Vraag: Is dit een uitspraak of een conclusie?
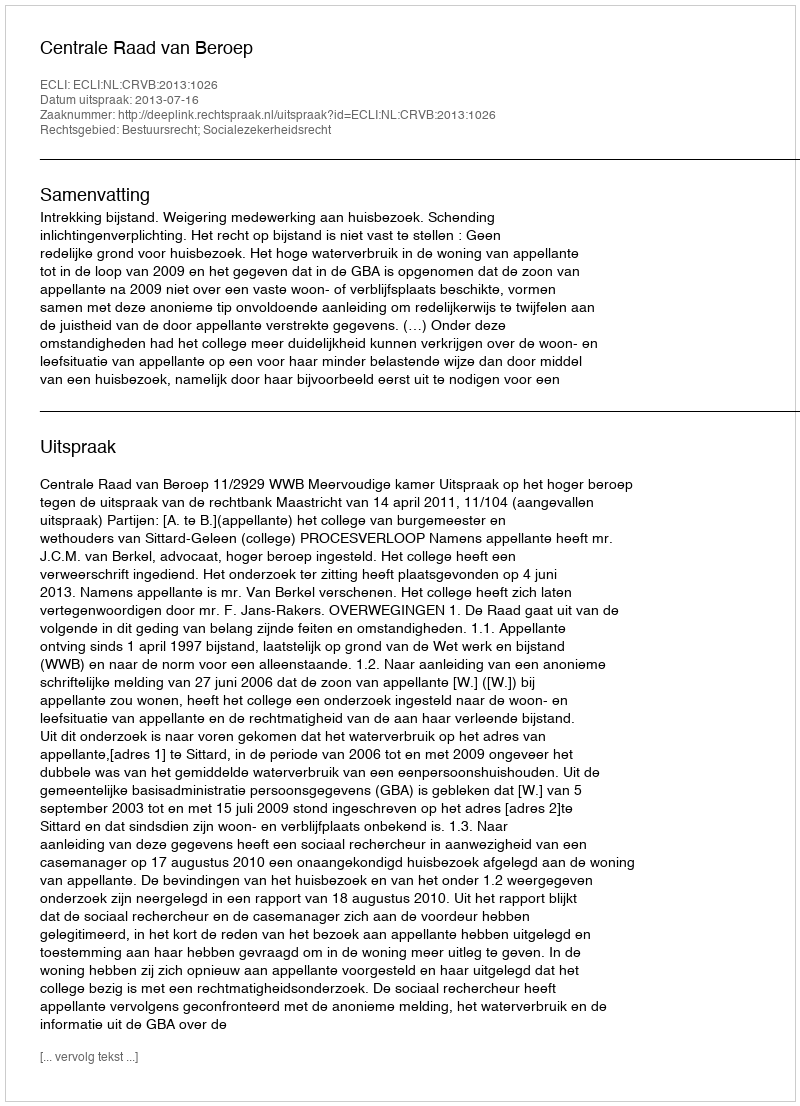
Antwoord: Uitspraak